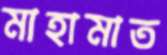
মাহামাত